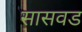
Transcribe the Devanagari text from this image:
सासवड